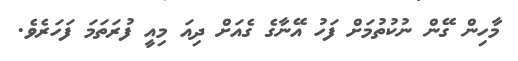
މާހިން ގޭން ނުކުތުމަށް ފަހު އޭނާގެ ގެއަށް ދިއަ މިއީ ފުރަތަމަ ފަހަރެވެ.